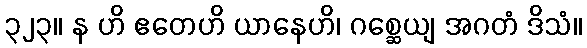
၃၂၃။ န ဟိ ဧတေဟိ ယာနေဟိ၊ ဂစ္ဆေယျ အဂတံ ဒိသံ။